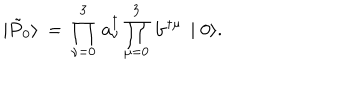
\mid \tilde { P } _ { 0 } \rangle \: = \: \prod _ { \nu = 0 } ^ { 3 } \, { \mathbf a } _ { \nu } ^ { \dagger } \prod _ { \mu = 0 } ^ { 3 } \, { \mathbf b } ^ { \dagger \mu } \, \mid 0 \rangle .